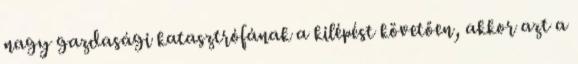
nagy gazdasági katasztrófának a kilépést követően, akkor azt a